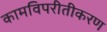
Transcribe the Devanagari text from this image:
कामविपरीतीकरण